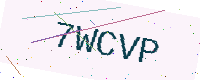
Text: 7WCVP